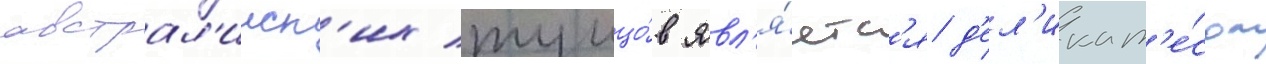
австрал'ииск'их тунцо́в явл'я́етс'я д'ел'икат'е́сом